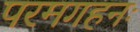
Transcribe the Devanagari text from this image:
परमगहनः